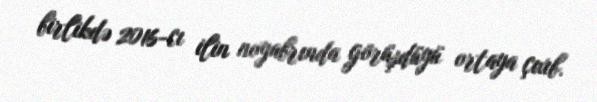
birlikdə 2016-cı ilin noyabrında görüşdüyü ortaya çıxıb.